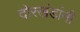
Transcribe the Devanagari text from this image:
दोरखंडांनी